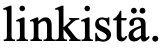
linkistä.